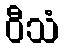
ဝီသံ